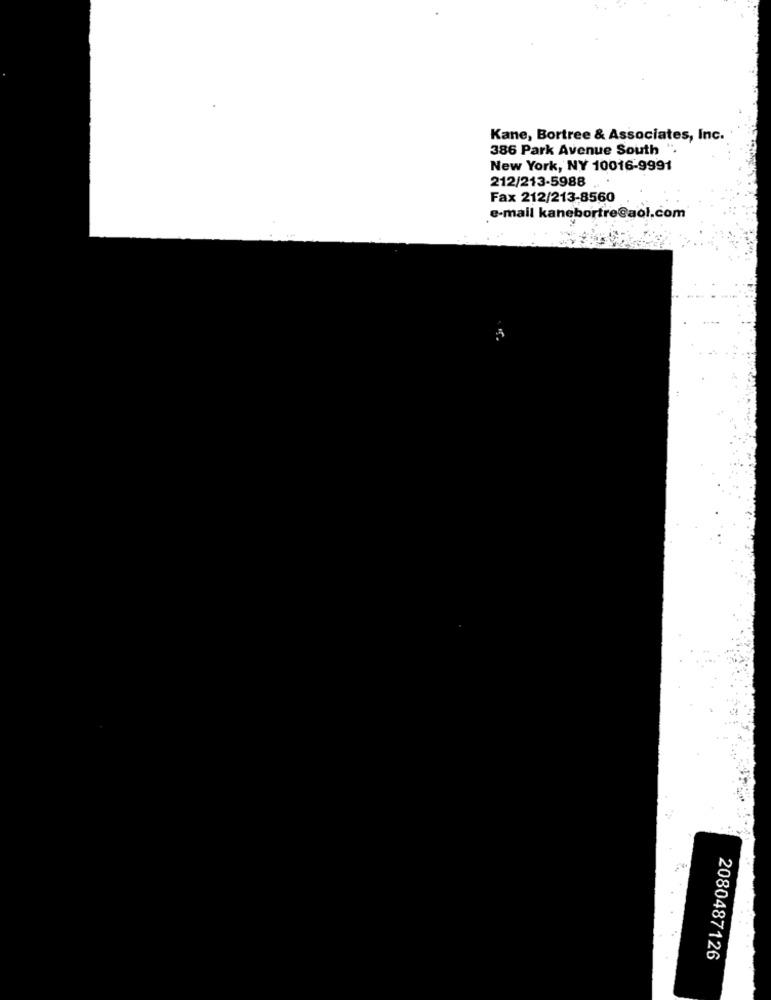
Kane, Bortree & Associates, Inc.
386 Park Avenue South ".
New York, NY 10016-9991
212/213-5988
Fax 212/213-8560
e-mail kanebortre@aol.com
2080487126